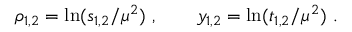
\rho _ { 1 , 2 } = \ln ( s _ { 1 , 2 } / \mu ^ { 2 } ) ~ , \qquad y _ { 1 , 2 } = \ln ( t _ { 1 , 2 } / \mu ^ { 2 } ) ~ .